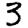
Digit: 3